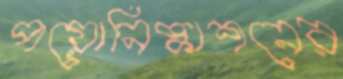
পয়োনিষ্কাশনের